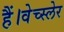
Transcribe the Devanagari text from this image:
हैं।वेच्स्लेर